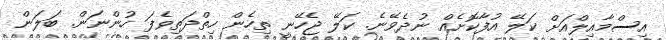
އިސްމާއިލްއަށް ކަލޭ އުފާކޮށެއް ނުދެވޭނެ. ކަލޭ ޖެހޭނީ ތިހެން ހިތްދަތިވެފަ ހުންނަން. ބަލަން